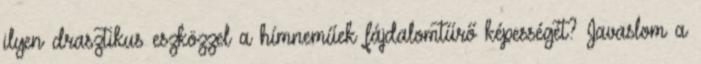
ilyen drasztikus eszközzel a hímneműek fájdalomtűrő képességét? Javaslom a